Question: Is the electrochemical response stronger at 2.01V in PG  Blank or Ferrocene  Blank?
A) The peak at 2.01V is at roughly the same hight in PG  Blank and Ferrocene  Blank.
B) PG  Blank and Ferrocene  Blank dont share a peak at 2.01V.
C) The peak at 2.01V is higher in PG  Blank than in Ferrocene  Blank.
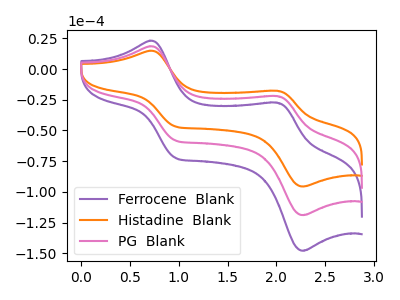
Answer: <think>The purple curve "Ferrocene  Blank" has anodic peaks at (0.70V, 37.15uA) (2.00V, -44.00uA) and cathodic peaks at (0.95V, -116.35uA) (2.25V, -237.90uA). The orange curve "Histadine  Blank" has anodic peaks at (0.70V, 14.95uA) (2.00V, -17.70uA) and cathodic peaks at (0.95V, -46.80uA) (2.25V, -95.65uA). The pink curve "PG  Blank" has anodic peaks at (0.70V, 18.55uA) (2.00V, -22.00uA) and cathodic peaks at (0.95V, -58.20uA) (2.25V, -118.95uA).</think>
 <answer>C) The peak at 2.01V is higher in "PG  Blank" than in "Ferrocene  Blank".</answer>
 <eval>C</eval>